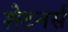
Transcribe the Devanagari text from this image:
शेटनर्स